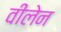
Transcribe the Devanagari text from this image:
वीलेन